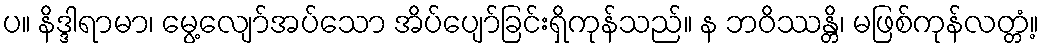
ပ။ နိဒ္ဒါရာမာ၊ မွေ့လျော်အပ်သော အိပ်ပျော်ခြင်းရှိကုန်သည်။ န ဘဝိဿန္တိ၊ မဖြစ်ကုန်လတ္တံ့။